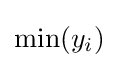
\operatorname {min} (y_{i})